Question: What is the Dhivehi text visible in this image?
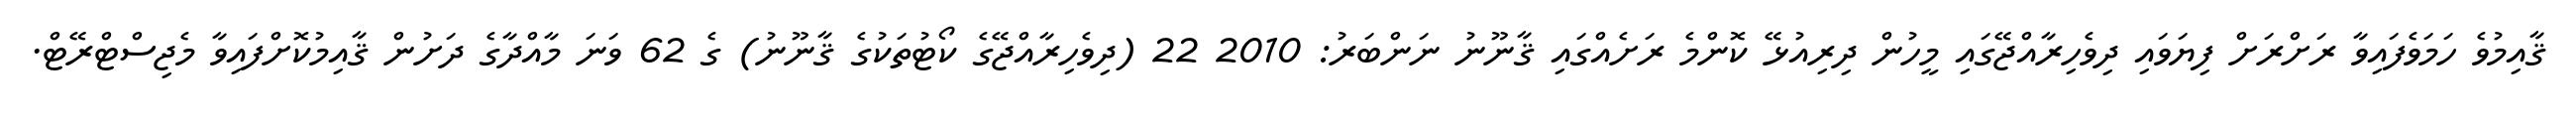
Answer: ޤާއިމުވެ ހަމަވެފައިވާ ރަށްރަށް ފިޔަވައި ދިވެހިރާއްޖޭގައި މީހުން ދިރިއުޅޭ ކޮންމެ ރަށެއްގައި ޤާނޫނު ނަންބަރު: 2010 22 (ދިވެހިރާއްޖޭގެ ކޯޓުތަކުގެ ޤާނޫނު) ގެ 62 ވަނަ މާއްދާގެ ދަށުން ޤާއިމުކޮށްފައިވާ މެޖިސްޓްރޭޓް.